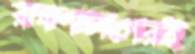
রক্ষণভাগেরই